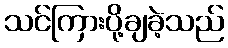
သင်ကြားပို့ချခဲ့သည်